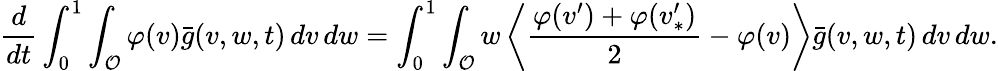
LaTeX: \frac{d}{dt}\int_{0}^{1}\int_{\mathcal{O}}\varphi(v)\bar{g}(v,w,t)\, dv\, dw=\int_{0}^{1}\int_{\mathcal{O}}w\left\langle\frac{\varphi(v^{\prime})+\varphi(v_{\ast}^{\prime})}{2}-\varphi(v)\right\rangle\bar{g}(v,w,t)\, dv\, dw.